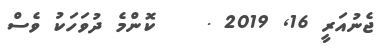
ޖެނުއަރީ 16